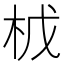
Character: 𭩤